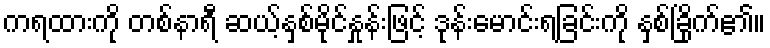
ကရထားကို တစ်နာရီ ဆယ့်နှစ်မိုင်နှုန်းဖြင့် ဒုန်းမောင်းရခြင်းကို နှစ်ခြိုက်၏။